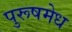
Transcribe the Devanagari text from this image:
पुरूषमेध